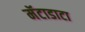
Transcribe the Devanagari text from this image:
मॅटाडाटा